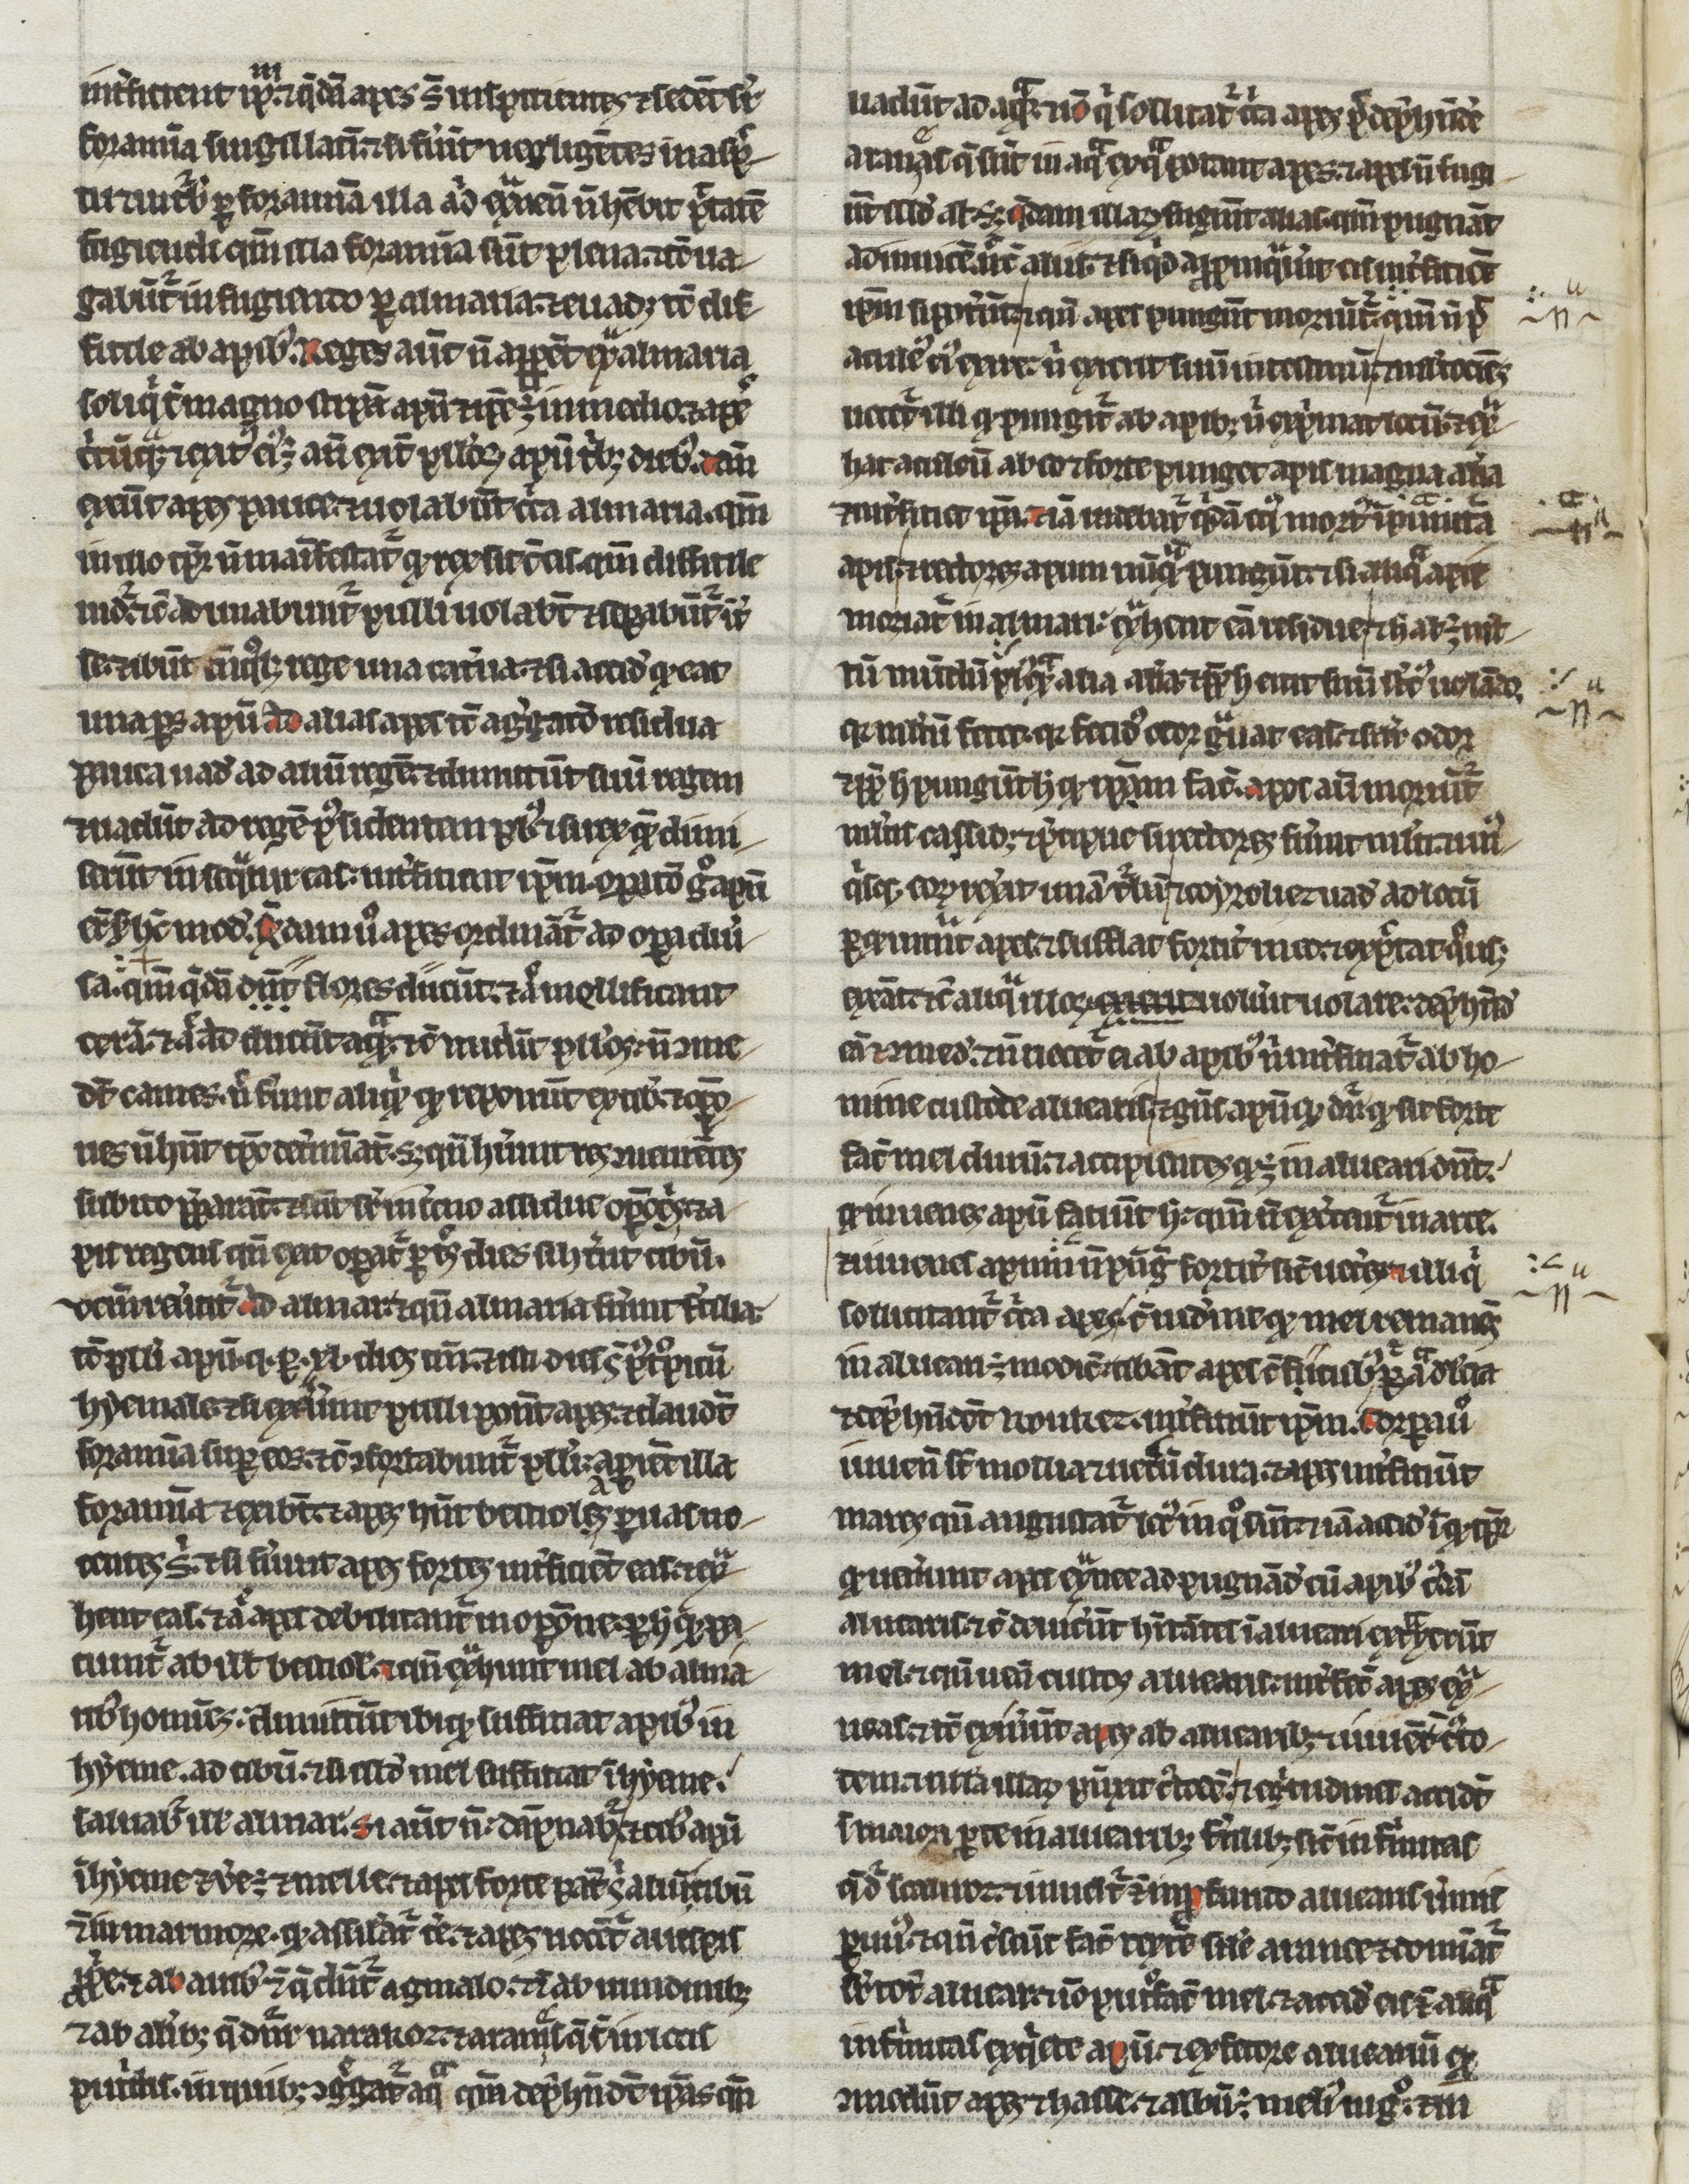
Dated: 1200–1299